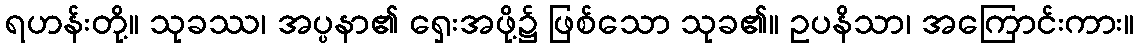
ရဟန်းတို့။ သုခဿ၊ အပ္ပနာ၏ ရှေးအဖို့၌ ဖြစ်သော သုခ၏။ ဥပနိသာ၊ အကြောင်းကား။